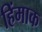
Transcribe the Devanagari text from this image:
हिंमाक